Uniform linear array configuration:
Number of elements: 48
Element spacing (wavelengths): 0.25
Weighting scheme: blackman
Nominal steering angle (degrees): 30
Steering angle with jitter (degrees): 28.569
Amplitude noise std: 0.05
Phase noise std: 0.05

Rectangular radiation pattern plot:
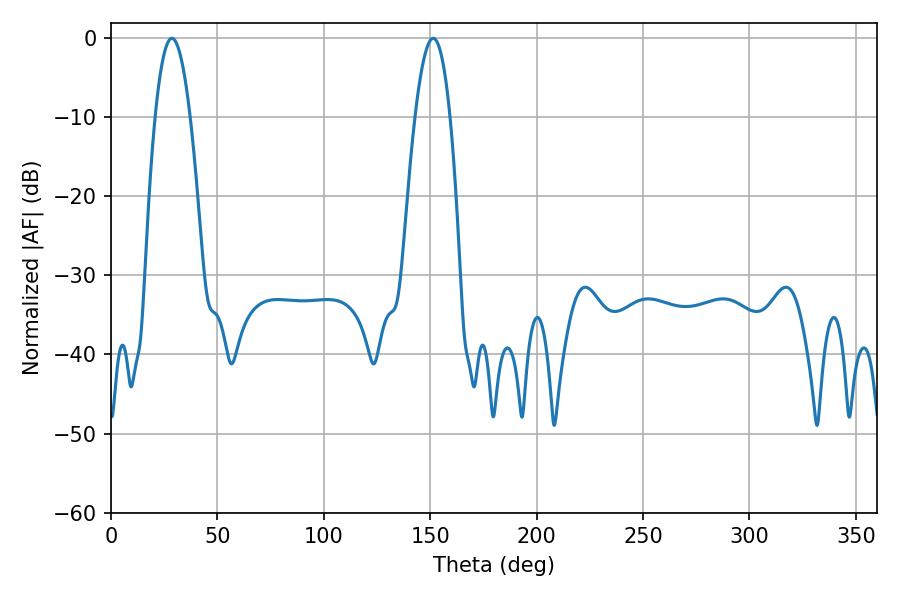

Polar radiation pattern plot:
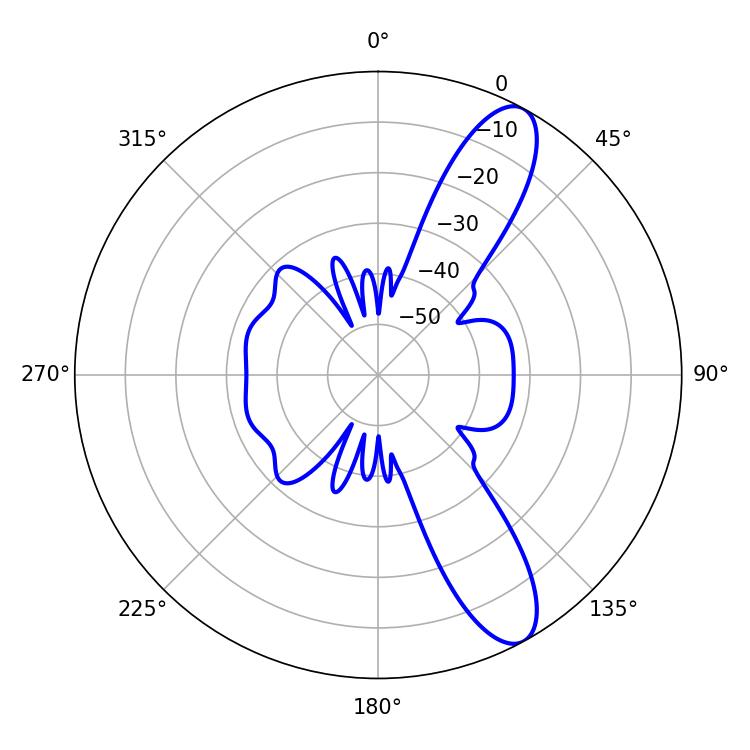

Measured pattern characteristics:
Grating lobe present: FALSE
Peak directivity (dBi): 10.886
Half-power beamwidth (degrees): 9.18
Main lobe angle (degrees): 28.62